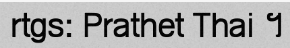
rtgs: Prathet Thai ។